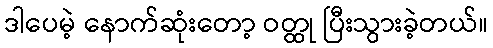
ဒါပေမဲ့ နောက်ဆုံးတော့ ဝတ္ထု ပြီးသွားခဲ့တယ်။